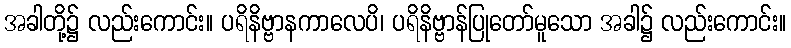
အခါတို့၌ လည်းကောင်း။ ပရိနိဗ္ဗာနကာလေပိ၊ ပရိနိဗ္ဗာန်ပြုတော်မူသော အခါ၌ လည်းကောင်း။